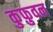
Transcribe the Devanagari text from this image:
कुफ़ुवन